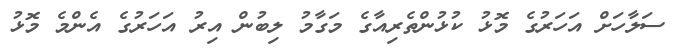
ސަލާހަށް އަހަރުގެ މޮޅު ކުޅުންތެރިއާގެ މަގާމު ލިބުން އިރު އަހަރުގެ އެންމެ މޮޅު